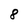
Character: 8